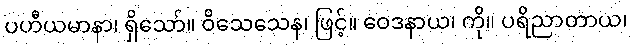
ပဟီယမာနာ၊ ရှိသော်။ ဝိသေသေန၊ ဖြင့်။ ဝေဒနာယ၊ ကို။ ပရိညာတာယ၊